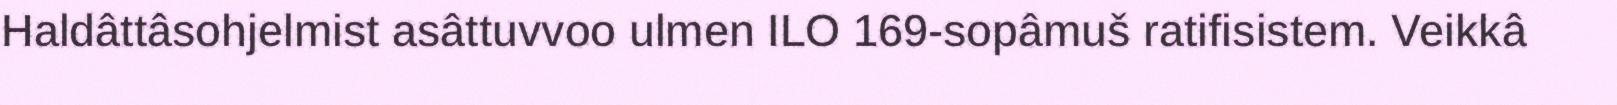
Haldâttâsohjelmist asâttuvvoo ulmen ILO 169-sopâmuš ratifisistem. Veikkâ